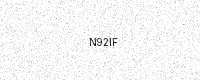
Text: N92IF